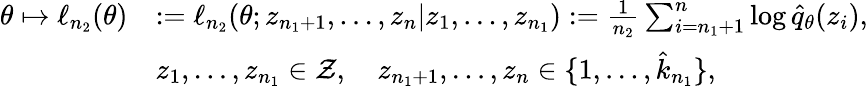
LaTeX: \begin{array}{rl}{\theta\mapsto\ell_{n_{2}}(\theta)}&{:=\ell_{n_{2}}(\theta;z_{n_{1}+1},\dots,z_{n}|z_{1},\dots,z_{n_{1}}):=\frac{1}{n_{2}}\sum_{i=n_{1}+1}^{n}\log\hat{q}_{\theta}(z_{i}),}\\ &{z_{1},\dots,z_{n_{1}}\in\mathcal Z,\quad z_{n_{1}+1},\dots,z_{n}\in\{ 1,\dots,\hat{k}_{n_{1}}\} ,}\end{array}